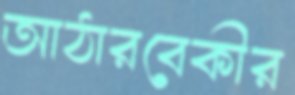
আঠারবেকীর